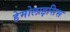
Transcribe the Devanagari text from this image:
हेमोलाइसिस